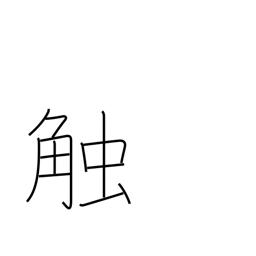
Meaning: proclaim